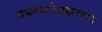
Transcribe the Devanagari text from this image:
गायनकलेबद्दलच्या